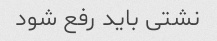
نشتی باید رفع شود